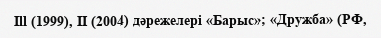
Ill (1999), II (2004) дәрежелері «Барыс»; «Дружба» (РФ,